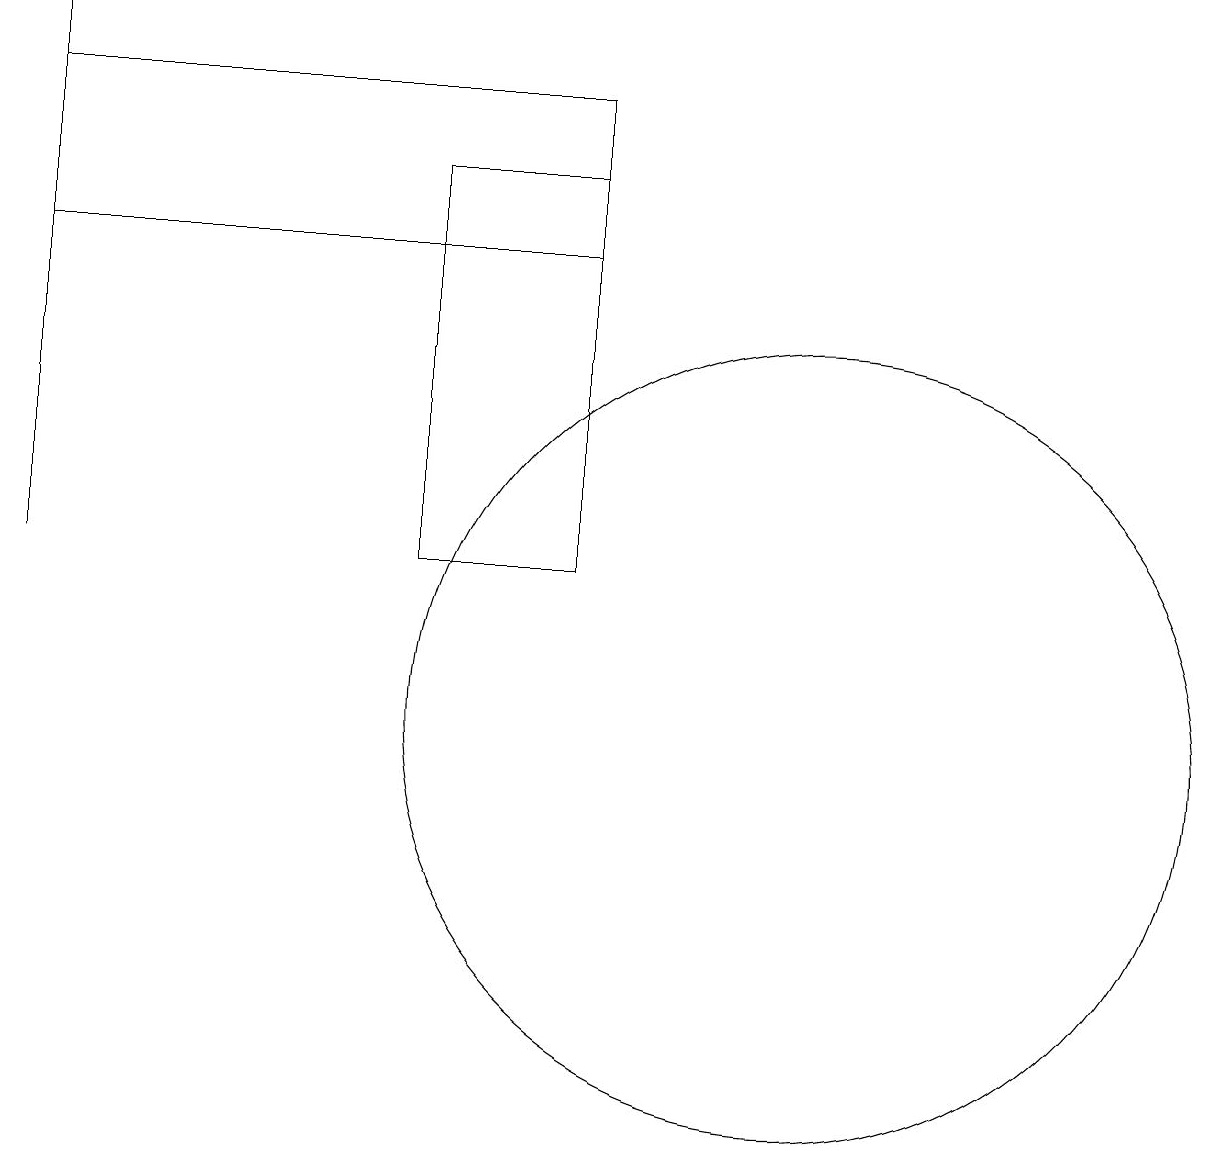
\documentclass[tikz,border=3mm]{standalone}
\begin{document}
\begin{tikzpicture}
\draw (12,10) circle (5);
\draw (9,16) rectangle (2,18);
\draw (9,12) rectangle (7,17);
\draw (2,19) rectangle (2,12);
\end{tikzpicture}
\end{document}